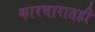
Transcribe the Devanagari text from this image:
कारभारातही